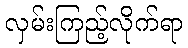
လှမ်းကြည့်လိုက်ရာ